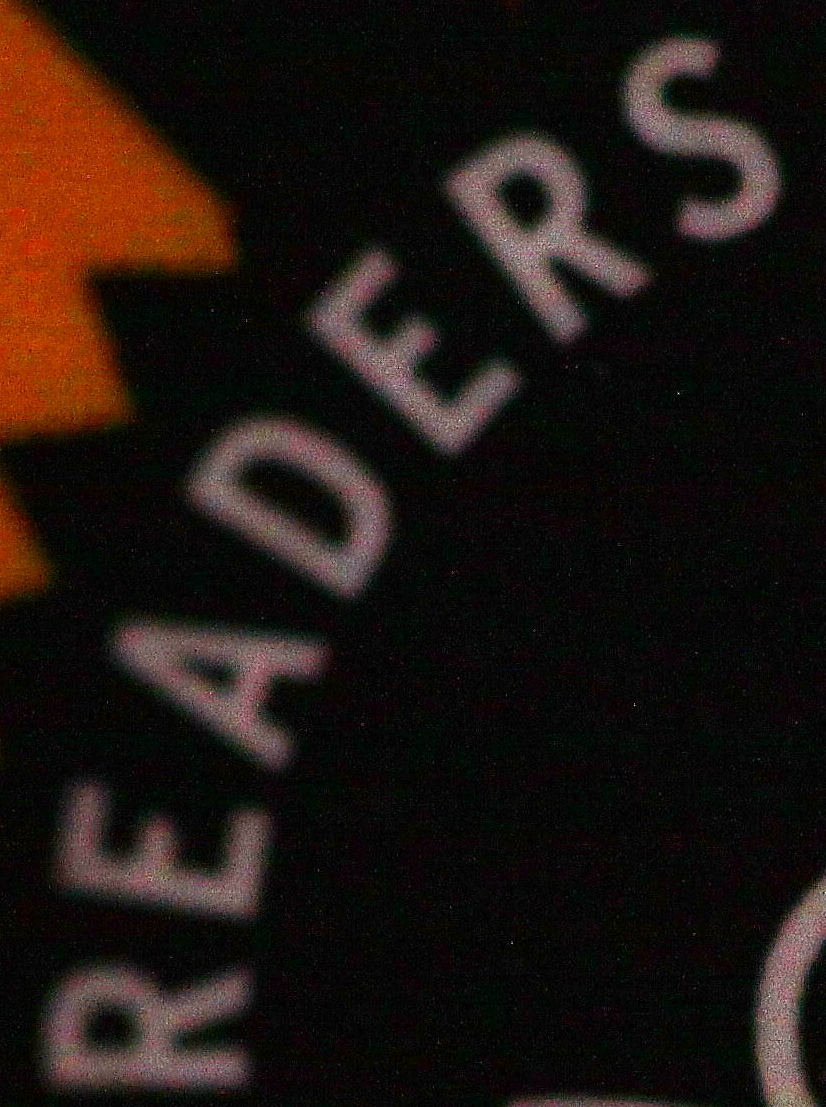
READERS